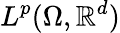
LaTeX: L^{p}(\Omega,\mathbb{R}^{d})